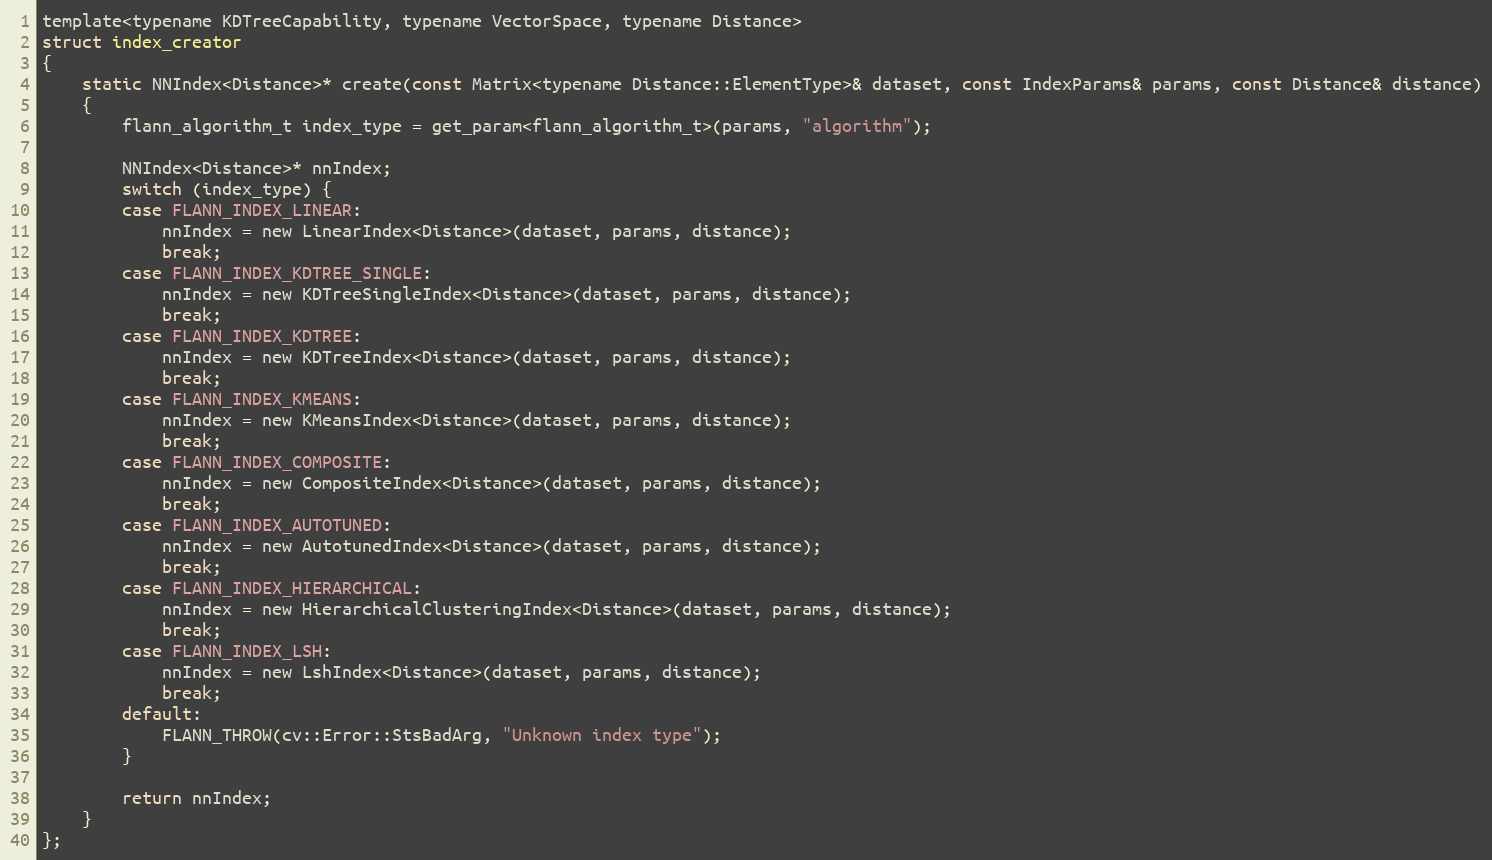
Language: C
template<typename KDTreeCapability, typename VectorSpace, typename Distance>
struct index_creator
{
    static NNIndex<Distance>* create(const Matrix<typename Distance::ElementType>& dataset, const IndexParams& params, const Distance& distance)
    {
        flann_algorithm_t index_type = get_param<flann_algorithm_t>(params, "algorithm");

        NNIndex<Distance>* nnIndex;
        switch (index_type) {
        case FLANN_INDEX_LINEAR:
            nnIndex = new LinearIndex<Distance>(dataset, params, distance);
            break;
        case FLANN_INDEX_KDTREE_SINGLE:
            nnIndex = new KDTreeSingleIndex<Distance>(dataset, params, distance);
            break;
        case FLANN_INDEX_KDTREE:
            nnIndex = new KDTreeIndex<Distance>(dataset, params, distance);
            break;
        case FLANN_INDEX_KMEANS:
            nnIndex = new KMeansIndex<Distance>(dataset, params, distance);
            break;
        case FLANN_INDEX_COMPOSITE:
            nnIndex = new CompositeIndex<Distance>(dataset, params, distance);
            break;
        case FLANN_INDEX_AUTOTUNED:
            nnIndex = new AutotunedIndex<Distance>(dataset, params, distance);
            break;
        case FLANN_INDEX_HIERARCHICAL:
            nnIndex = new HierarchicalClusteringIndex<Distance>(dataset, params, distance);
            break;
        case FLANN_INDEX_LSH:
            nnIndex = new LshIndex<Distance>(dataset, params, distance);
            break;
        default:
            FLANN_THROW(cv::Error::StsBadArg, "Unknown index type");
        }

        return nnIndex;
    }
};